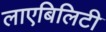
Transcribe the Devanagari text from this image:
लाएबिलिटी